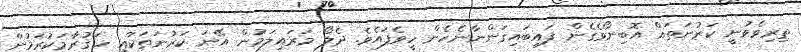
ތިރިވެވުނީ ކަރުނަތައް އޮބިނޯވެގެން ފައިބައިގަންނާނެހެން ހީވެފައެވެ. ދެލޯ މަރައިލަމުން އޭނަ ކަރުނަތަކާއި ހަގުރާމަކުރަމުން